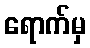
ရောက်မှ